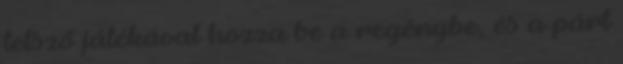
tetsző játékával hozza be a regénybe, és a párt